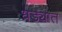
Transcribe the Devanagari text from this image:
धड्यात